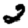
Digit: 2